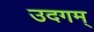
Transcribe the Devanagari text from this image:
उदगम्